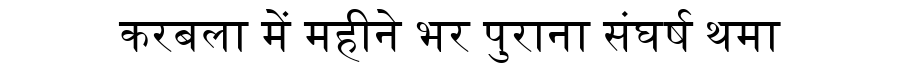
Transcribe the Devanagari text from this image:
करबला में महीने भर पुराना संघर्ष थमा